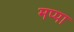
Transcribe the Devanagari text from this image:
मप्पा